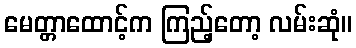
မေတ္တာထောင့်က ကြည့်တော့ လမ်းဆုံ။